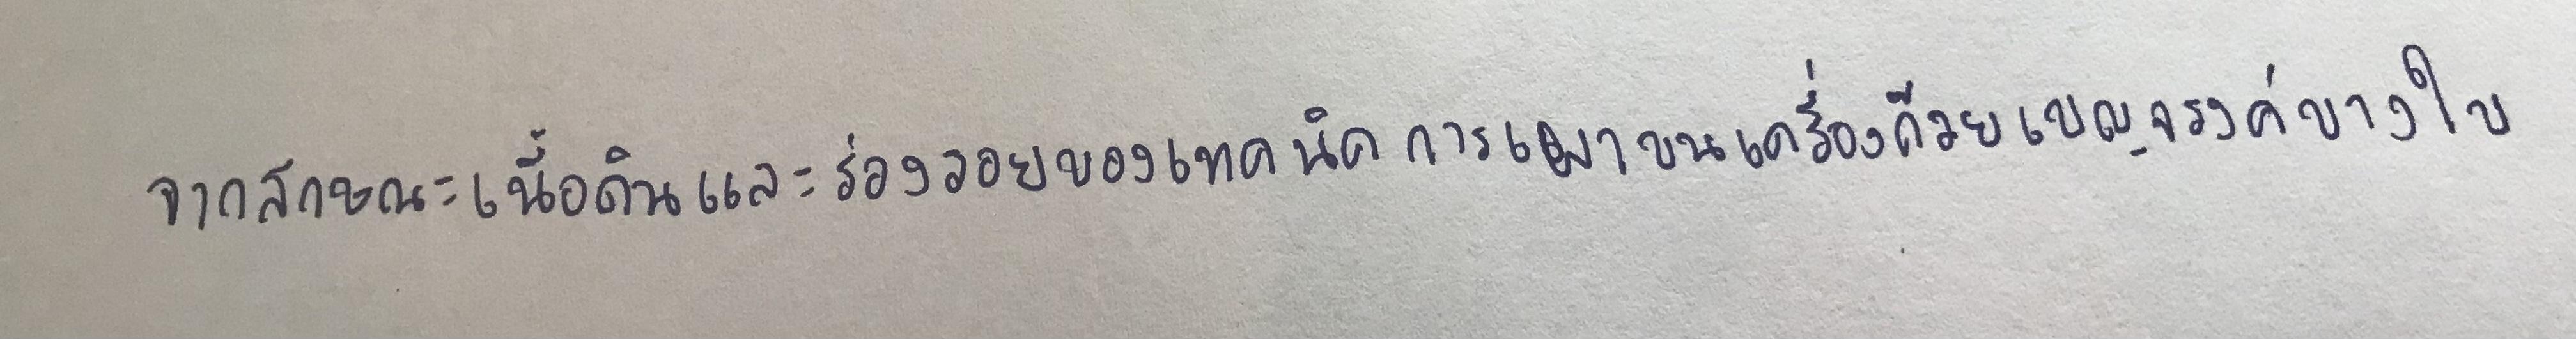
จากลักษณะเนื้อดินและร่องรอยของเทคนิคการเผาบนเครื่องถ้วยเบญจรงค์บางใบ